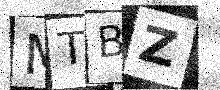
Text: MTBZ